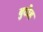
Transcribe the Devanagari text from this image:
बुटोह